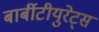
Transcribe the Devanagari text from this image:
बार्बीटीयुरेट्स